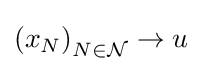
\left(x_{N}\right)_{N\in {\mathcal {N}}}\to u